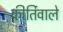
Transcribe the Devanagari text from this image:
कीर्तिवाले